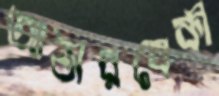
আঠারবেকী